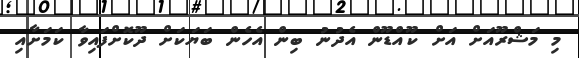
މި މަޝްރޫއަށް އަށް ކޫއްޑޫން އެދުނު ބިން އެހެން ބަޔަކަށް ދޫކޮށްފައިވާ ކަމަށާއި